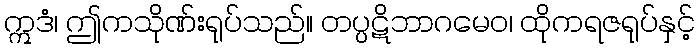
ဣဒံ၊ ဤကသိုဏ်းရုပ်သည်။ တပ္ပဋိဘာဂမေဝ၊ ထိုကရဇရုပ်နှင့်